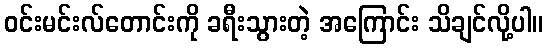
ဝင်းမင်းလ်တောင်းကို ခရီးသွားတဲ့ အကြောင်း သိချင်လို့ပါ။